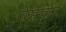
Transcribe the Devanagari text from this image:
येखांदोन